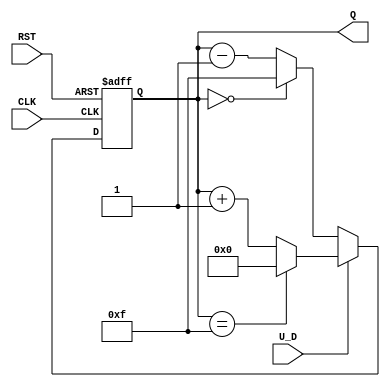
module UpDownCounter (
    input wire CLK,          // Clock signal
    input wire RST,          // Asynchronous reset
    input wire U_D,          // Up/Down control signal
    output reg [3:0] Q       // 4-bit count output (adjust width as needed)
);

    // Define the maximum count value
    parameter MAX_COUNT = 4'b1111; // 15 for a 4-bit counter
    parameter MIN_COUNT = 4'b0000; // 0 for a 4-bit counter

    // Asynchronous reset logic
    always @(posedge RST or posedge CLK) begin
        if (RST) begin
            Q <= MIN_COUNT; // Reset count to zero
        end else begin
            // Counting logic
            if (U_D) begin
                // Count Up
                if (Q == MAX_COUNT) begin
                    Q <= MIN_COUNT; // Wrap around to zero
                end else begin
                    Q <= Q + 1; // Increment count
                end
            end else begin
                // Count Down
                if (Q == MIN_COUNT) begin
                    Q <= MAX_COUNT; // Wrap around to max
                end else begin
                    Q <= Q - 1; // Decrement count
                end
            end
        end
    end

endmodule